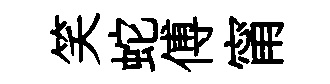
笑蛇傅甯